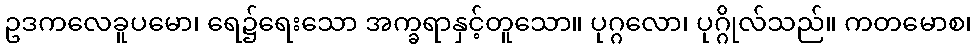
ဥဒကလေခူပမော၊ ရေ၌ရေးသော အက္ခရာနှင့်တူသော။ ပုဂ္ဂလော၊ ပုဂ္ဂိုလ်သည်။ ကတမောစ၊